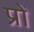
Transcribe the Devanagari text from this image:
प्रों